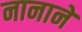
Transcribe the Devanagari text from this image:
नानाने